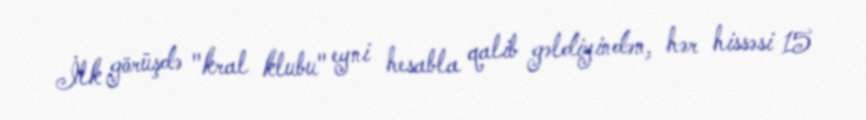
İlk görüşdə "kral klubu" eyni hesabla qalib gəldiyindən, hər hissəsi 15